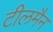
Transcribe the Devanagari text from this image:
टीलमैन